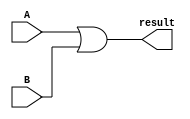
module or_gate(input A, input B, output result);
  assign result = A | B;
endmodule